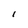
Character: l